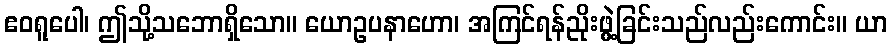
ဧဝရူပေါ၊ ဤသို့သဘောရှိသော။ ယောဥပနာဟော၊ အကြင်ရန်ညိုးဖွဲ့ခြင်းသည်လည်းကောင်း။ ယာ